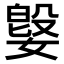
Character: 𫱥